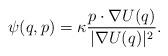
LaTeX: \begin{align*}\psi(q,p) = \kappa \frac{p \cdot \nabla U(q)}{|\nabla U(q)|^2}. \end{align*}